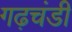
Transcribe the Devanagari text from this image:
गढ़चंडी